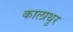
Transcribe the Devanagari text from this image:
कालाथुर